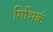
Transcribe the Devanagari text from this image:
र्गािभकं